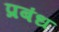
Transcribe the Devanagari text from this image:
प्रबंध